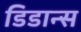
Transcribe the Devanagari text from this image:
डिडान्स